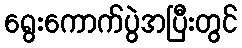
ရွေးကောက်ပွဲအပြီးတွင်